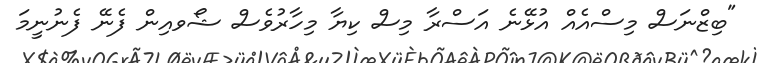
"ބިޒްނަސް މިސްއެއް އުޅޭނެ އަސްރާ މިސް ކިޔާ މިހާރުވެސް ޝޯވއިން ފެނޭ ފެނުނީމަ